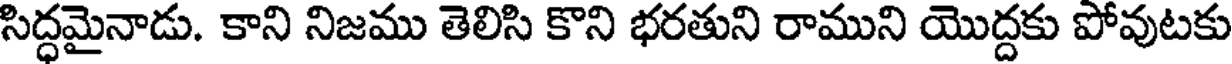
సిద్ధమైనాడు. కాని నిజము తెలిసి కొని భరతుని రాముని యొద్దకు పోవుటకు